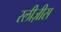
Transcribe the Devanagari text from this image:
स्लीज़ीस